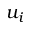
u _ { i }